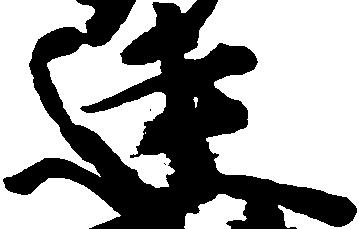
連